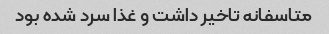
متاسفانه تاخیر داشت و غذا سرد شده بود